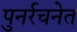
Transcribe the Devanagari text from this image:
पुनर्रचनेत